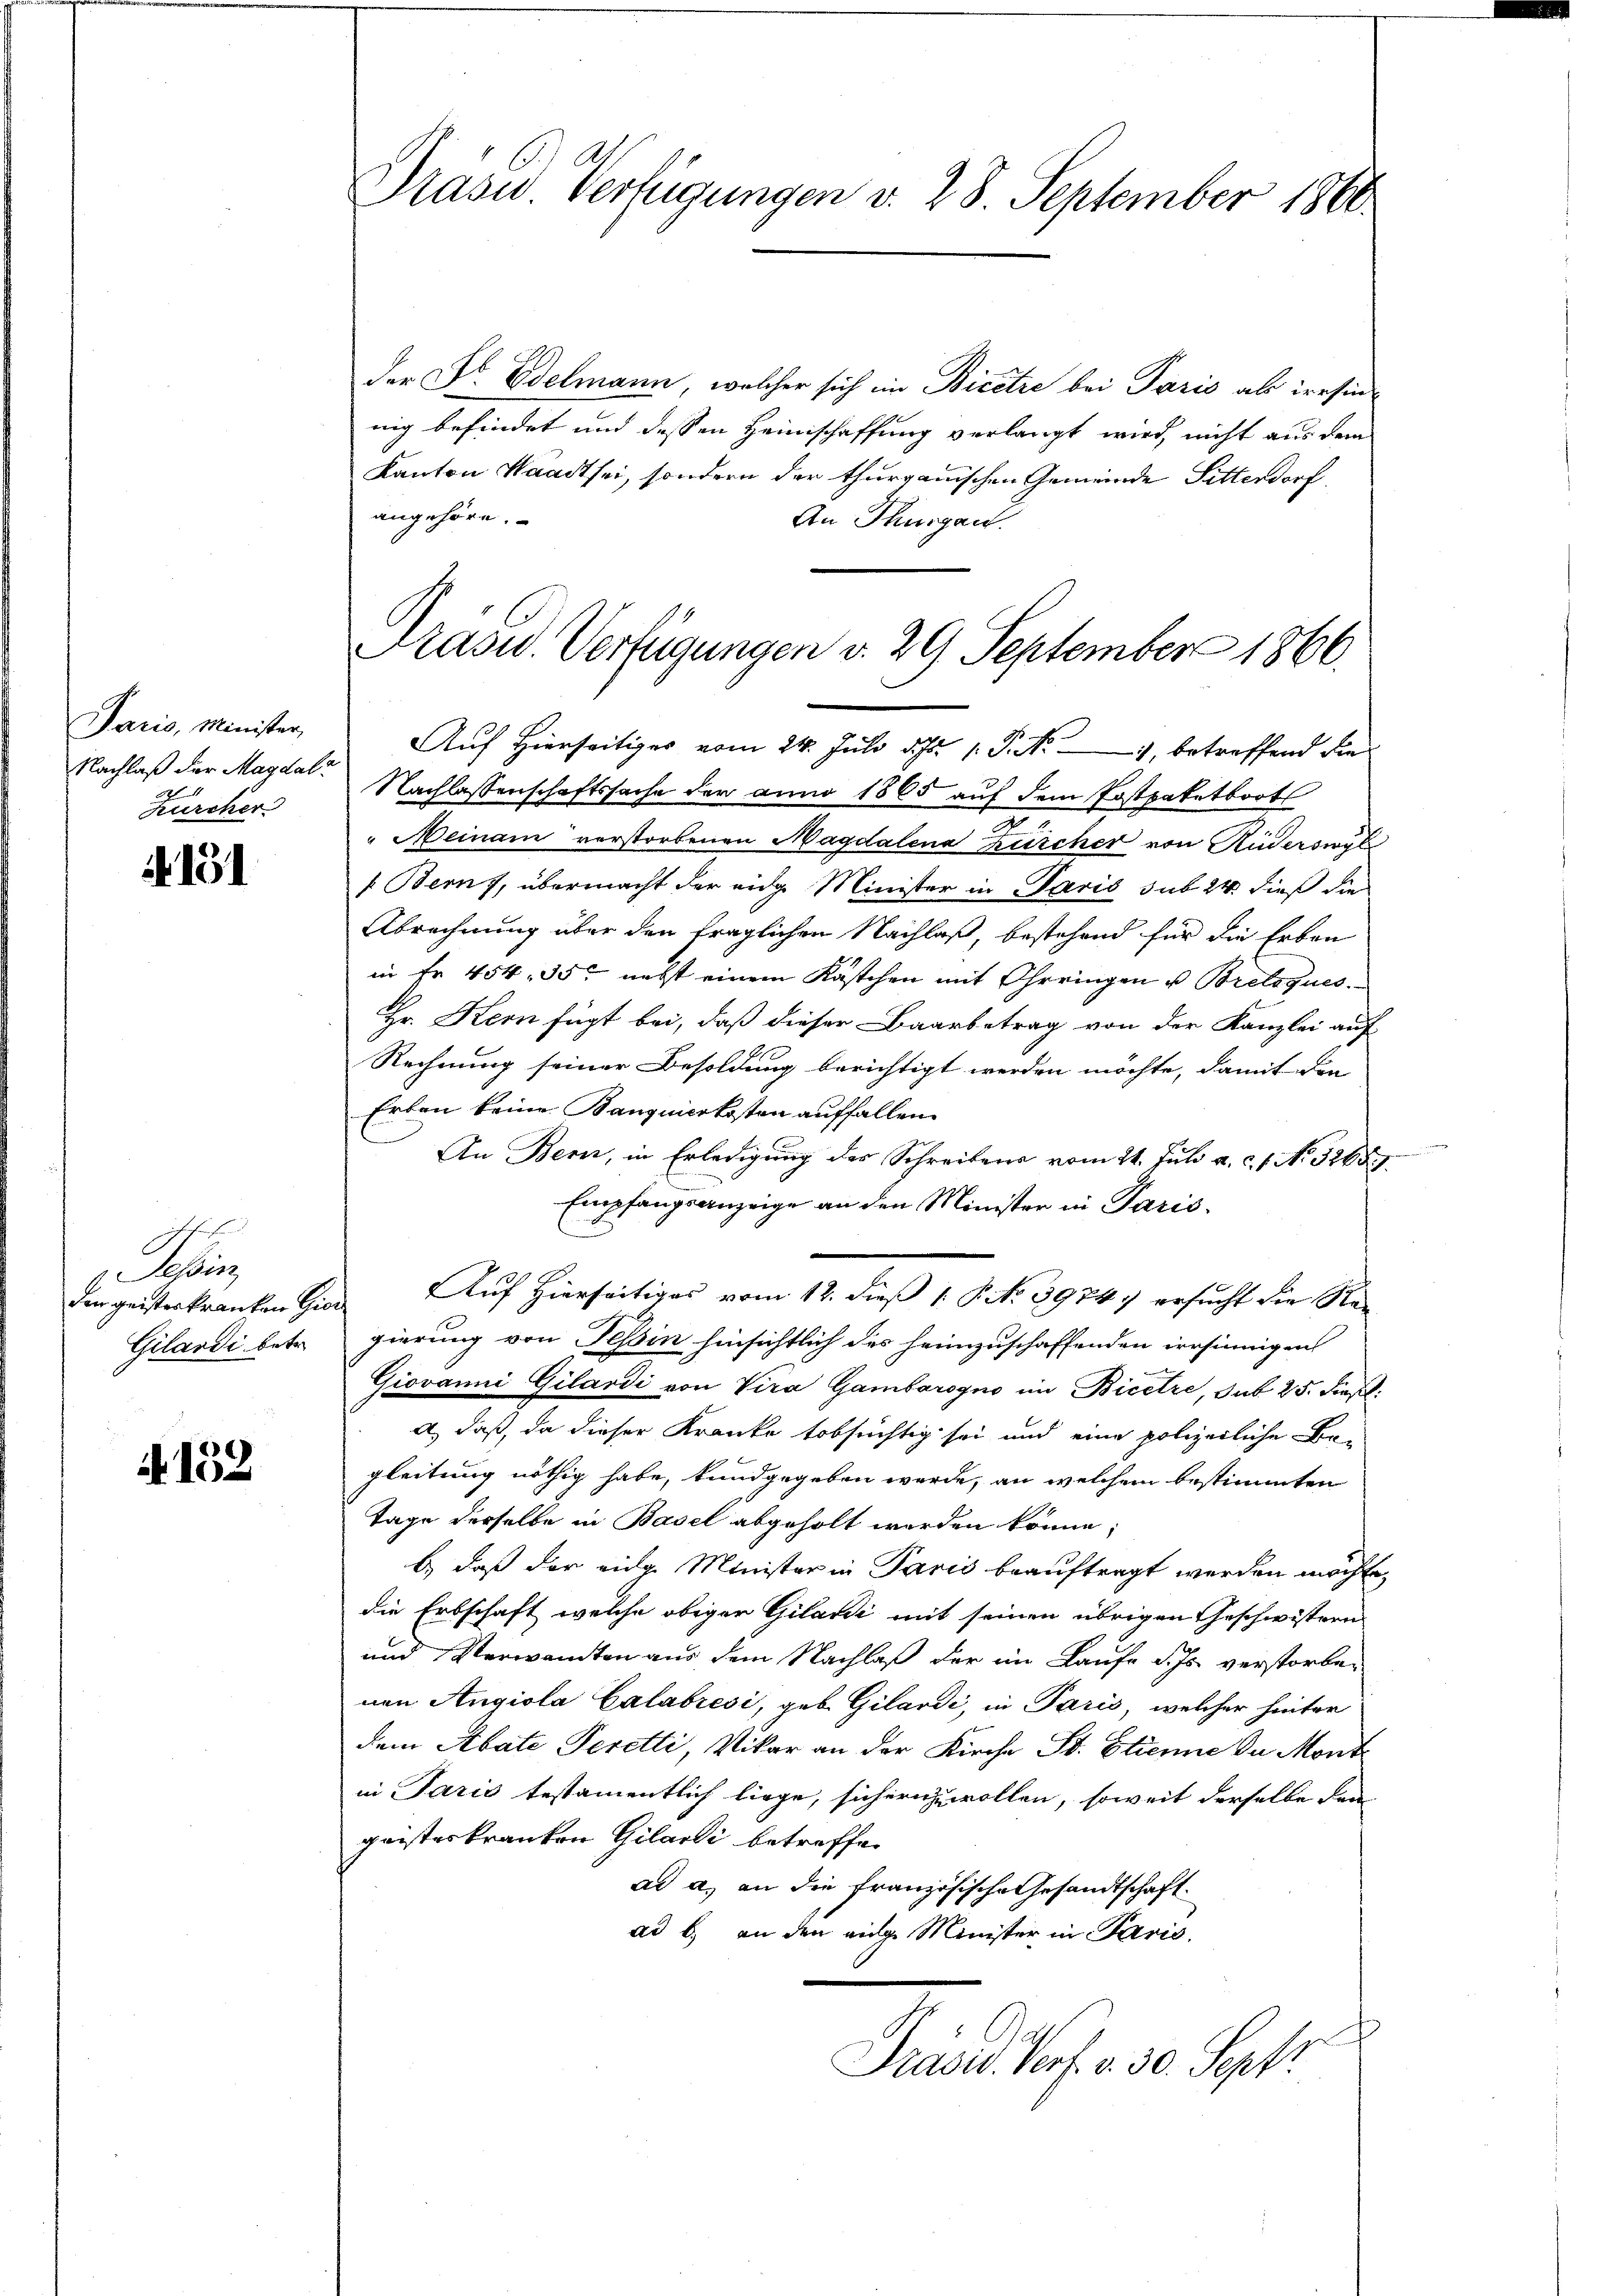
Paris, Minister,
Nachlaß der Magdale
Zürcher

4131

E
Sein

152

Auf Hierseitiges vom 24. Juli d. Js. 1. P. Nr. 2, betreffend die
Nachlassenschaftssache der anno 1865 auf dem Postpaketboot
e
" Meinam verstorbenen Magdalena Zürcher von Ruderswil
 Bern, übermacht der eidg. Minister in Paris sub 24 dieß die
Abrechnung über den fraglichen Nachlaß, bestehend für die Erben
in fr. 454. 55. nebst einem Kästchen mit Ohrringen u Brelogues,
Hr. Kern fügt bei, daß dieser Baarbetrag von der Kanzlei auf
Rechnung seiner Besoldung berichtigt werden möchte, damit die
Erben keine Banquierkosten auffallen.
An Bern, in Erledigung des Schreibens vom 24. Juli a. c. 1. No. 3265.
Empfangsanzeige an den Minister in Paris.
der geisterkranken Gior Auf Hierseitiges vom 12. dieß 1. P. No. 39747 ersucht die Re¬
Gilardi betr. gierung von Tessin hinsichtlich des heimzuschaffenden irrsinnigen
Giovanni Gilardi von Vira Gambarogno im Bicere, sub 25. dieß.
a, daß, da dieser Kranke tobsüchtig sei und eine polizeiliche Be-
gleitung nöthig habe, kundgegeben werde, an welchem bestimmten
Tage derselbe in Basel abgeholt werden könne;
b) daß der eidge Minister in Paris beauftragt werden möchte,
die Erbschaft, welche obiger Gilani mit seinen übrigen Geschwistern
und Verwandten aus dem Nachlaß der im Laufe d. Js. verstorben
nen Angiola Calabrési, geb. Gilardi, in Paris, welcher hinter
dem Abate Peretti, Vikar an der Kirche Sr. Etienne da Monte
in Paris testamentlich liege, sichern zu wollen, soweit derselbe den
geisteskranken Gilarti betreffen
ad a. an die französische Gesandtschaft.
ad b.) an den eige Minister in Paris
Präsid. Porf. v. 30. Sept.

Präsid.. Verfügungen v. 28. September 1860

der Dr. Edelmann, welcher sich in Bicetze bei Paris als irrsinnig befindet und dessen Heimschaffung verlangt wird, nicht aus dem
Kanton Waadt sei, sondern der thurgauischen Gemeinde Sitterdorf,
angehöre.
An Thurgau.

rasw. Verfügungen v. 29. September 1866.